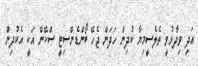
އަދި ވިދާޅުވީ ތެލެސީމިޔާ ކުދިން ހަދަން ޖެހޭ ބޯންޑެންސިޓީ ސްކޭން އަކީ އެކުދިން